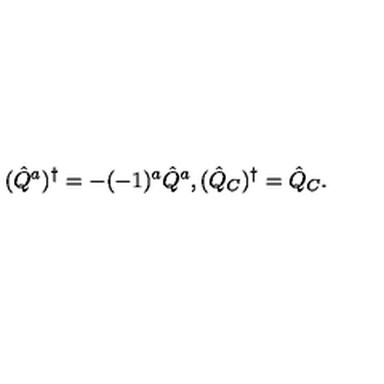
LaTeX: ( \hat { Q } ^ { a } ) ^ { \dagger } = - ( - 1 ) ^ { a } \hat { Q } ^ { a } , ( \hat { Q } _ { C } ) ^ { \dagger } = \hat { Q } _ { C } .